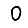
Digit: 0